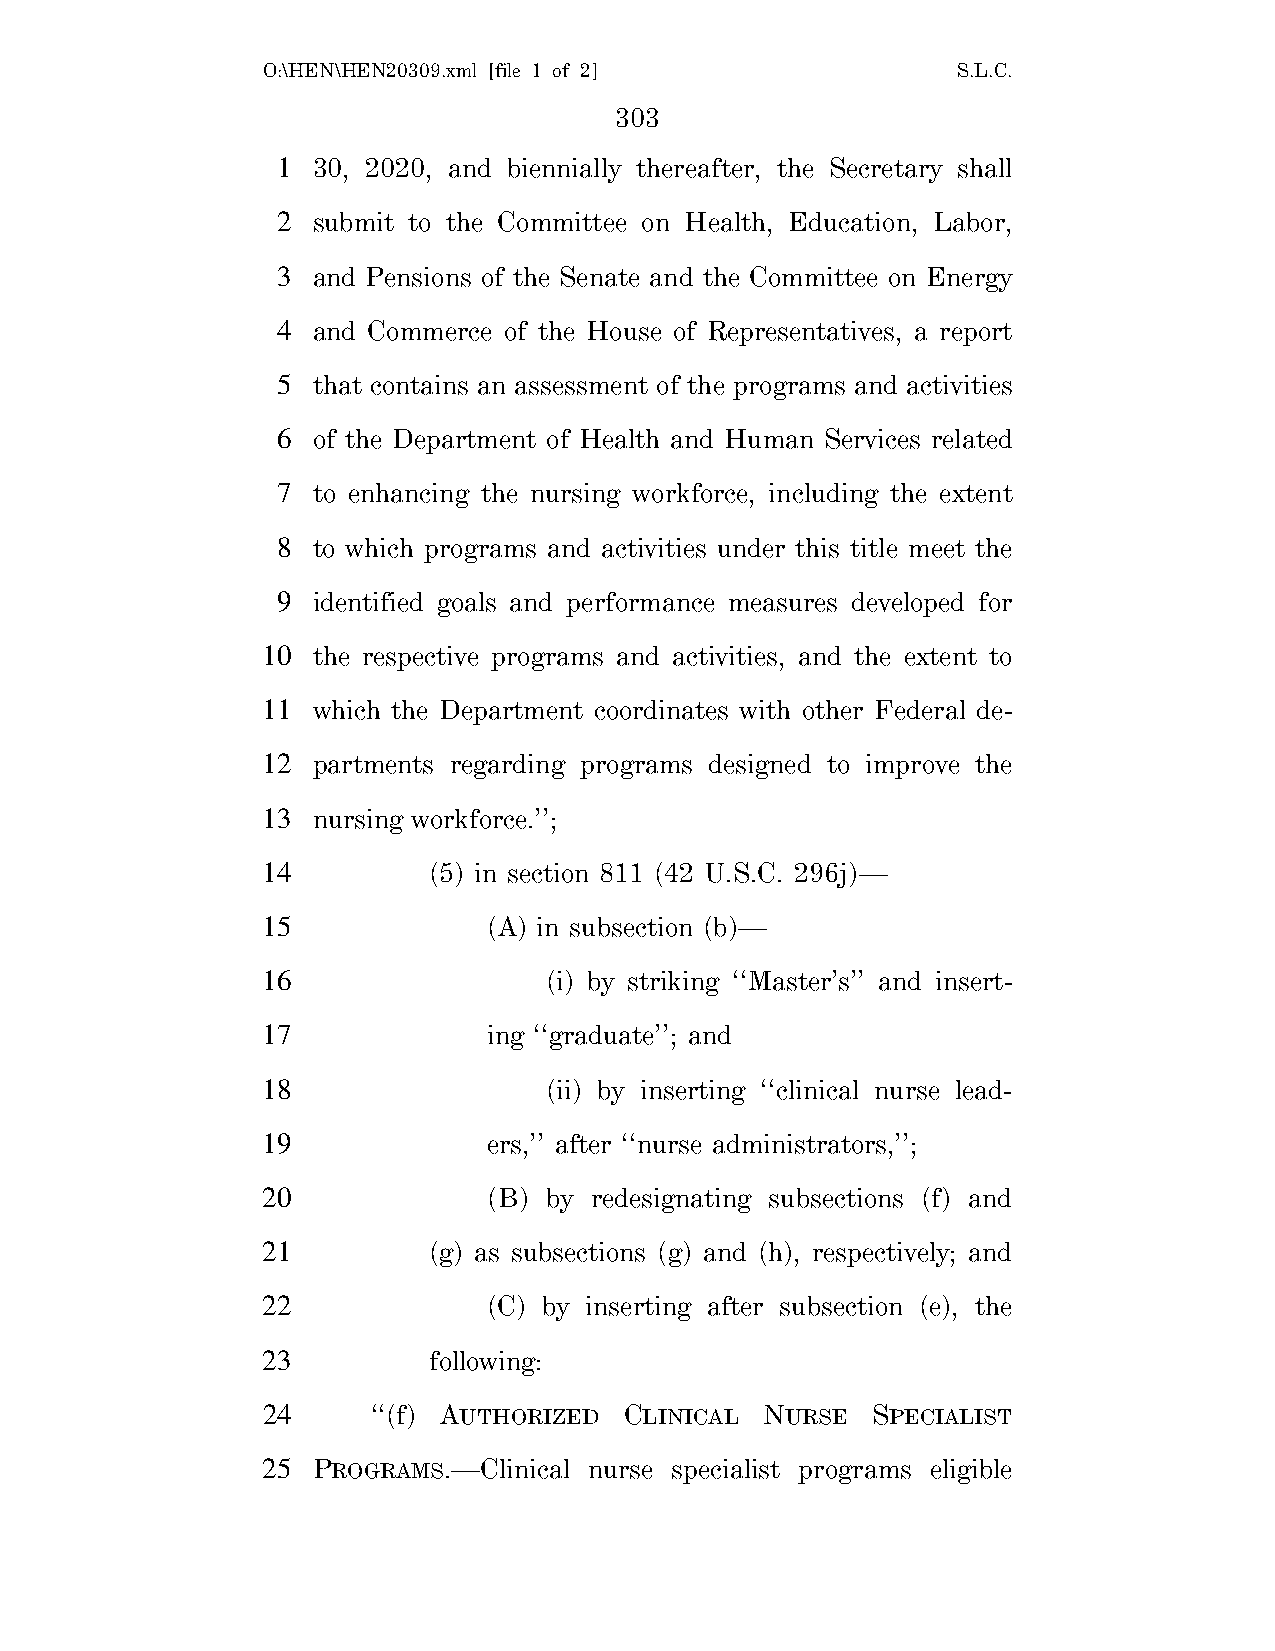
O:\HEN\HEN20309.xml [file 1 of 2]             S.L.C.
 303
 1  30, 2020, and biennially thereafter, the Secretary shall
 2  submit to the Committee on Health, Education, Labor,
 3  and Pensions of the Senate and the Committee on Energy
 4  and Commerce of the House of Representatives, a report
 5  that contains an assessment of the programs and activities
 6  of the Department of Health and Human Services related
 7  to enhancing the nursing workforce, including the extent
 8  to which programs and activities under this title meet the
 9  identified goals and performance measures developed for
 10  the respective programs and activities, and the extent to
 11  which the Department coordinates with other Federal de-
 12  partments regarding programs designed to improve the
 13  nursing workforce.’’;
 14         (5) in section 811 (42 U.S.C. 296j)—
 15             (A) in subsection (b)—
 16                 (i) by striking ‘‘Master’s’’ and insert-
 17             ing ‘‘graduate’’; and
 18                 (ii) by inserting ‘‘clinical nurse lead-
 19             ers,’’ after ‘‘nurse administrators,’’;
 20             (B) by redesignating subsections (f) and
 21         (g) as subsections (g) and (h), respectively; and
 22             (C) by inserting after subsection (e), the
 23         following:
 24      ‘‘(f) AUTHORIZED CLINICAL NURSE  SPECIALIST
 25  PROGRAMS.—Clinical nurse specialist programs eligible